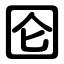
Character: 囵